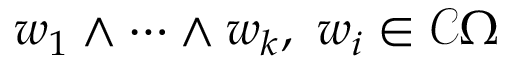
w _ { 1 } \wedge \cdots \wedge w _ { k } , ~ w _ { i } \in { \mathcal { C } } \Omega